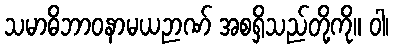
သမာဓိဘာဝနာမယဉာဏ် အစရှိသည်တို့ကို။ ဝါ၊